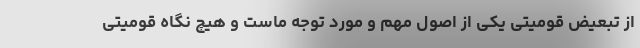
از تبعیض قومیتی یکی از اصول مهم و مورد توجه ماست و هیچ نگاه قومیتی